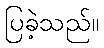
ပြခဲ့သည်။